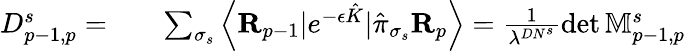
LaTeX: \begin{array}{rlr}{D_{p-1,p}^{s}=}&{{}}&{\sum_{\sigma_{s}}\left\langle\mathbf R_{p-1}|e^{-\epsilon\hat{K}}|\hat{\pi}_{\sigma_{s}}\mathbf R_{p}\right\rangle=\frac{1}{\lambda^{DN^{s}}}\operatorname*{det}\mathbb M_{p-1,p}^{s}}\end{array}